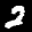
Label: 2